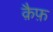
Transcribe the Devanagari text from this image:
क़ैफ़